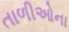
તાળીઓના